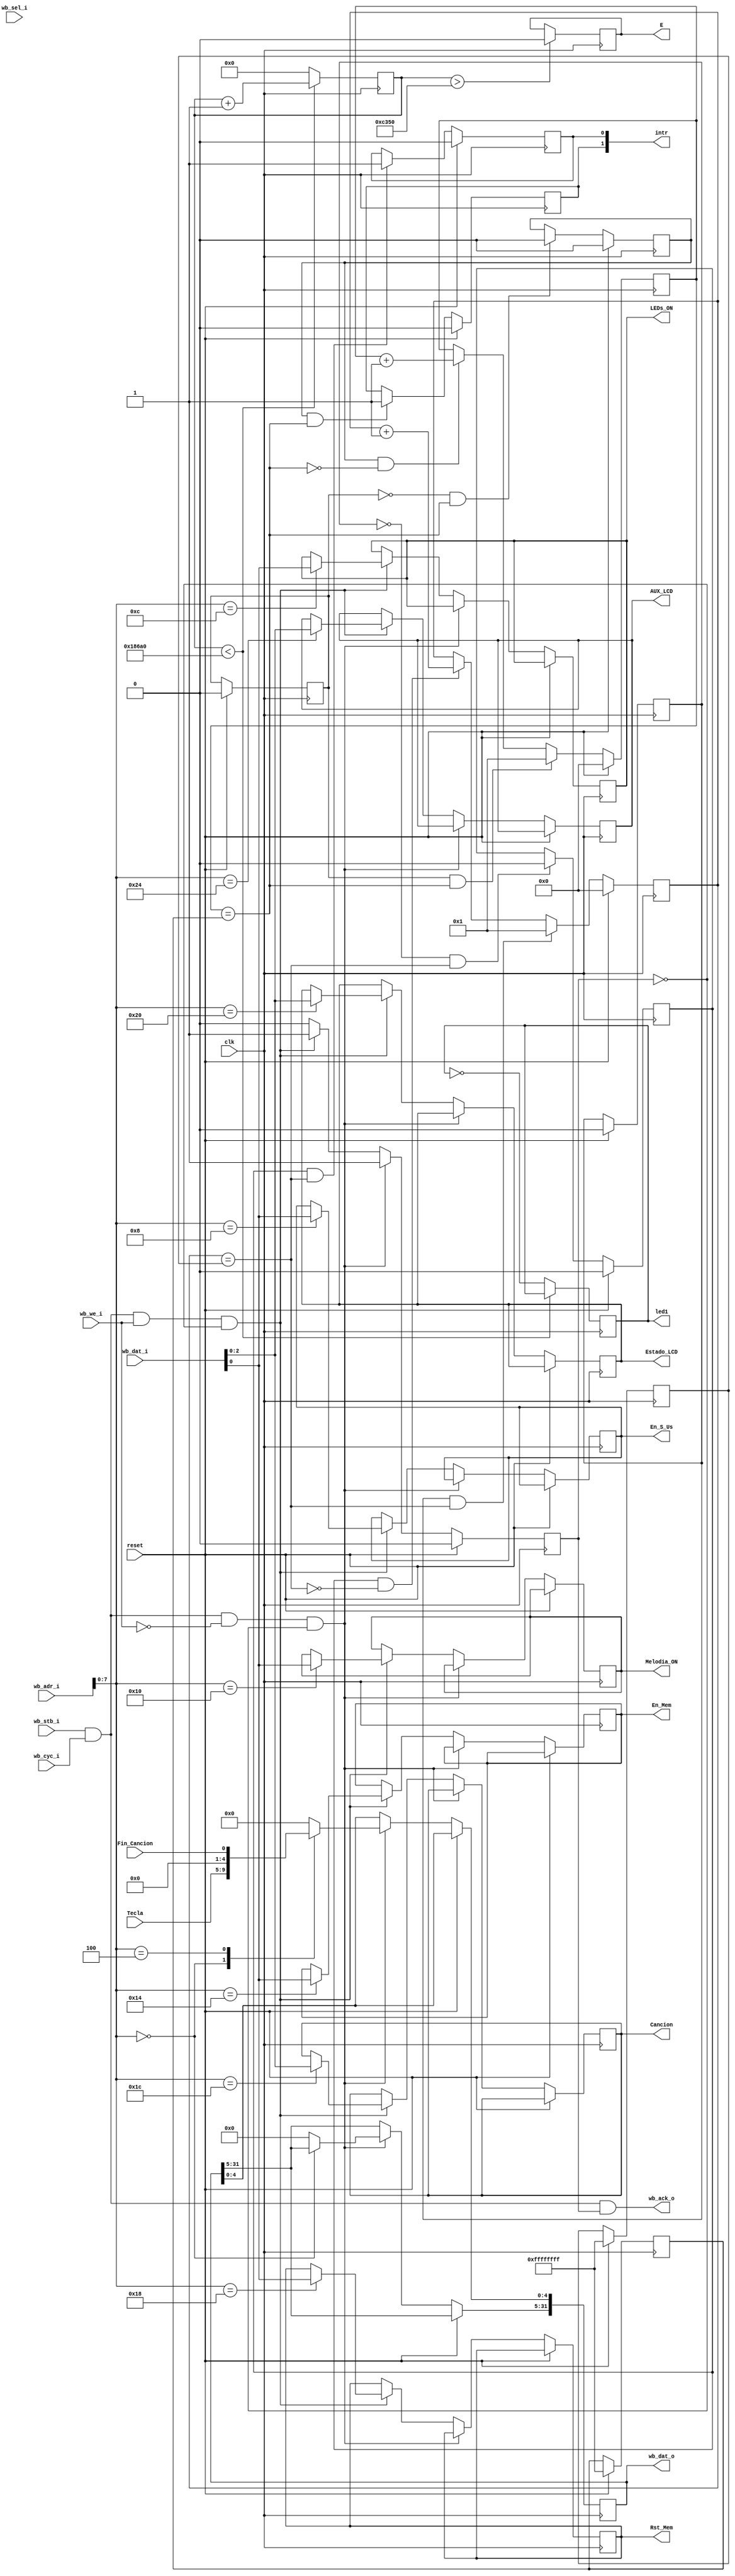
//---------------------------------------------------------------------------
//
// Wishbone Timer
//
// Register Description:
//
//    0x00 TCR0
//    0x04 COMPARE0
//    0x08 COUNTER0
//    0x0C TCR1
//    0x10 COMPARE1
//    0x14 COUNTER1
//
// TCRx:  
//    +-------------------+-------+-------+-------+-------+
//    |     28'b0         |  EN   |  AR   | IRQEN |  TRIG |
//    +-------------------+-------+-------+-------+-------+
//
//   EN i  (rw)   if set to '1', COUNTERX counts upwards until it reaches
//                COMPAREX
//   AR    (rw)   AutoRecwstartload -- if COUNTER reaches COMPAREX, shall we 
//                restart at 1, or disable this counter?
//   IRQEN (rw)   Indicate interrupt condition when triggered?
//   TRIG  (ro)   
//
//---------------------------------------------------------------------------

module wb_timer #(
	parameter          clk_freq = 100000000// lo cambie por 10 MHz
) (
	input              clk,
	input              reset,
	// Wishbone interface
	input              wb_stb_i,
	input              wb_cyc_i,
	output             wb_ack_o,
	input              wb_we_i,
	input       [31:0] wb_adr_i,
	input        [3:0] wb_sel_i,
	input       [31:0] wb_dat_i,
	output reg  [31:0] wb_dat_o,
	//

input [4:0] Tecla,
input Fin_Cancion,
output reg	En_S_Us,
output reg	LEDs_ON,
output reg	Melodia_ON,
output reg	En_Mem,
output reg	Rst_Mem,
output reg [2:0] Cancion,
output reg [2:0]Estado_LCD,
output reg [2:0] AUX_LCD,

	output       [1:0] intr,
	output reg	led1,
	output    reg        E
//	output      reg       RS,
//	output      reg       RW,
//	output   reg    [7:0] Data_out
);

//---------------------------------------------------------------------------
// 
//---------------------------------------------------------------------------

	reg irqen0, irqen1;
	reg trig0, trig1;
	reg en0, en1;
	reg ar0, ar1;

	wire [31:0] tcr0 = { 28'b0, en0, ar0, irqen0, trig0 };
	wire [31:0] tcr1 = { 28'b0, en1, ar1, irqen1, trig1 };

	reg  [31:0] counter0;
	reg  [31:0] counter1;

	reg  [31:0] compare0;
	reg  [31:0] compare1;

	wire match0 = (counter0 == compare0);
	wire match1 = (counter1 == compare1);

	assign intr = { trig1, trig0 };

	reg  ack;
	assign wb_ack_o = wb_stb_i & wb_cyc_i & ack;

	wire wb_rd = wb_stb_i & wb_cyc_i & ~wb_we_i;
	wire wb_wr = wb_stb_i & wb_cyc_i &  wb_we_i;

	reg [27:0] cont;
	reg ledo;
	
	


always @(posedge clk)
begin
if (cont > 'd50000) E<=0; //2000000 hasta 40 ms - 50000 hasta 1ms 

if(cont < 'd100000)  //4000000 hasta 80 ms - 100 000 hasta 2ms

cont = cont + 1'b1;

else 
begin
led1 = ~led1; // ld1 sale al .ucf y titila
ledo=led1;	//ldo se lo estoy enviando al LM32
cont = 0; 	// ldo y ld1 son iguales
end 


	if (reset) begin
		ack      <= 0;
		en0      <= 0;
		en1      <= 0;
		ar0      <= 0;
		ar1      <= 0;
		trig0    <= 0;
		trig1    <= 0;
		counter0 <= 0;
		counter1 <= 0;
		compare0 <= 32'hFFFFFFFF;
		compare1 <= 32'hFFFFFFFF;
		
	end else begin

		// Handle counter 0
		if ( en0 & ~match0) counter0 <= counter0 + 1;
		if ( en0 &  match0) trig0    <= 1;
		if ( ar0 &  match0) counter0 <= 1;
		if (~ar0 &  match0) en0      <= 0;

		// Handle counter 1
		if ( en1 & ~match1) counter1 <= counter1 + 1;
		if ( en1 &  match1) trig1    <= 1;
		if ( ar1 &  match1) counter1 <= 1;
		if (~ar1 &  match1) en1      <= 0;

		// Handle WISHBONE access

		ack    <= 0;

		if (wb_rd & ~ack) begin           // read cycle
			ack <= 1;

			case (wb_adr_i[7:0])
			'd00: wb_dat_o[4:0] <= Tecla;// tcr0;
			'd04: wb_dat_o <= Fin_Cancion;
			/*'h04: wb_dat_o <= compare0;
			'h08: wb_dat_o <= counter0;
			'h0c: wb_dat_o <= tcr1;
			'h10: wb_dat_o <= compare1;
			'h14: wb_dat_o <= counter1;
			//'h16: wb_dat_o <= ledo;
			*/			
			default: wb_dat_o <= 32'b0;
			endcase
		//wb_dat_o[0] <= led1;

		end else if (wb_wr & ~ack ) begin // write cycle
			ack <= 1;

			case (wb_adr_i[7:0])
			'd08: En_S_Us <=wb_dat_i;
			'd12: LEDs_ON <=wb_dat_i;
			'd16: Melodia_ON <=wb_dat_i;
			'd20: En_Mem <=wb_dat_i;
			'd24: Rst_Mem <=wb_dat_i;
			'd28: Cancion <=wb_dat_i;
			'd32: Estado_LCD <=wb_dat_i;
			'd36: AUX_LCD <=wb_dat_i;

			//'h04: RS <= wb_dat_i;
			//'h08: RW <= wb_dat_i;
			//'h0C: E <= wb_dat_i;
			//'h10: Data_out <= wb_dat_i;
			
			/*'h00: begin
				trig0   <= 0;
				irqen0  <= wb_dat_i[1];
				ar0     <= wb_dat_i[2];
				en0     <= wb_dat_i[3];
			end
			'h04: compare0 <= wb_dat_i;
			'h08: counter0 <= wb_dat_i;
			'h0c: begin
				trig1   <= 0;
				irqen1  <= wb_dat_i[1];
				ar1     <= wb_dat_i[2];
				en1     <= wb_dat_i[3];
			end
			'h10: compare1 <= wb_dat_i;
			'h14: counter1 <= wb_dat_i;
			'h16: ledo     <= wb_dat_i;
			*/
			endcase
		end
	end
end


endmodule